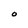
Character: O